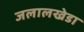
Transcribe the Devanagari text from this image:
जलालखेडा